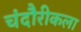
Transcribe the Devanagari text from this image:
चंदौरीकला